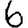
Digit: 6